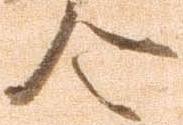
令